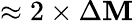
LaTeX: \approx2\times\Delta\mathbf{M}